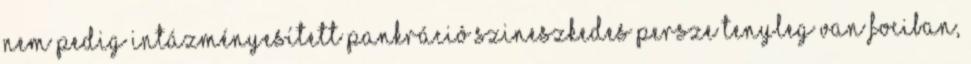
nem pedig intázményesített pankráció Szineszkedes persze tenyleg van fociban,